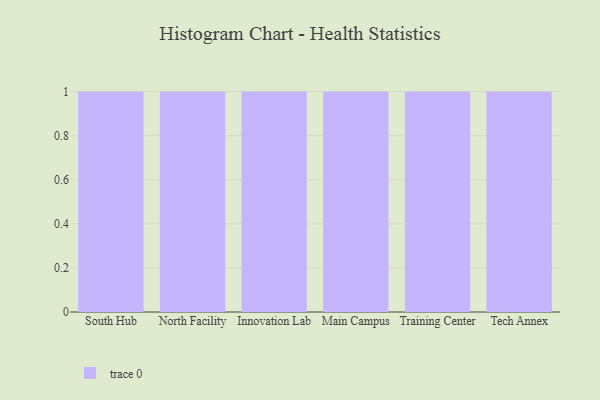
{"axis": {"x": "Campus", "y": "Tickets Resolved"}, "legend": [""], "data": [{"x": "South Hub", "y": 22, "type": ""}, {"x": "North Facility", "y": 26, "type": ""}, {"x": "Innovation Lab", "y": 37, "type": ""}, {"x": "Main Campus", "y": 98, "type": ""}, {"x": "Training Center", "y": 31, "type": ""}, {"x": "Tech Annex", "y": 90, "type": ""}]}